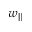
w _ { \parallel }